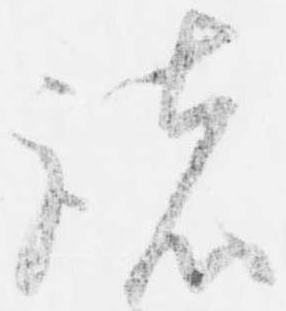
諸